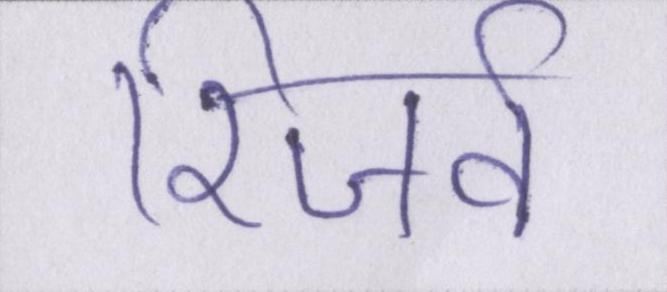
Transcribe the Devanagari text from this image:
रिजर्व